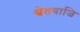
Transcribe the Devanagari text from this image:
श्वेतवाजि